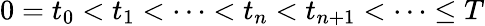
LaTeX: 0=t_{0}<t_{1}<\cdots<t_{n}<t_{n+1}<\cdots\leq T